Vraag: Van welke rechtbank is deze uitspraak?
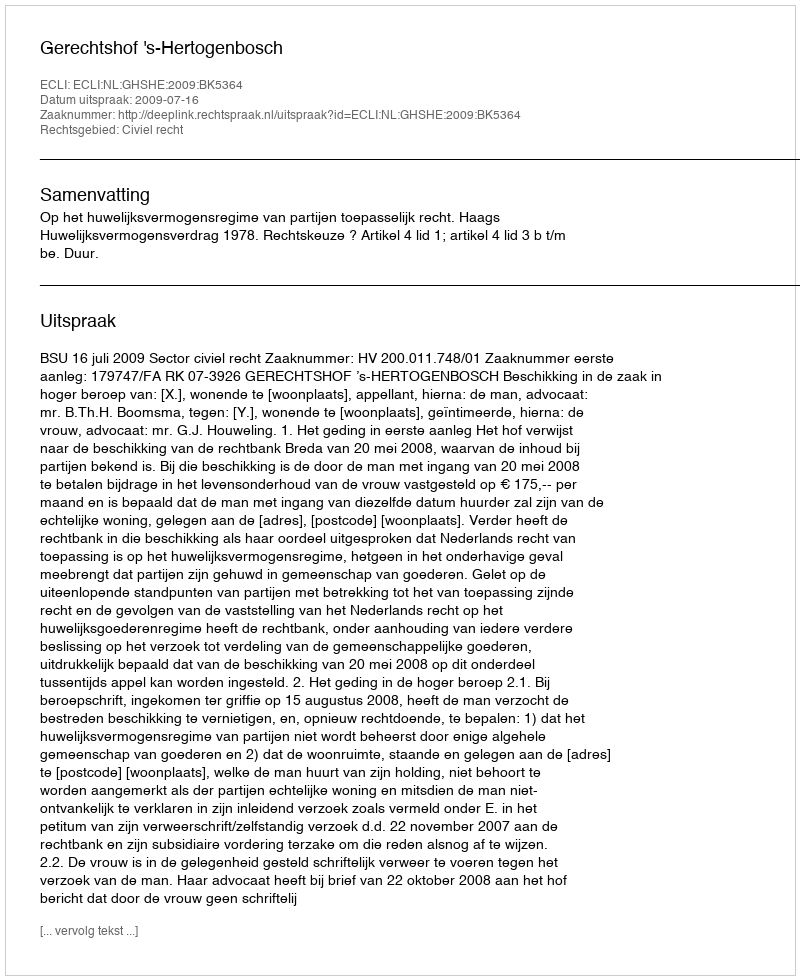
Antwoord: Gerechtshof 's-Hertogenbosch